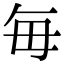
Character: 毎